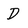
Character: D